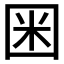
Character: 𡇒